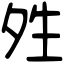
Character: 夝